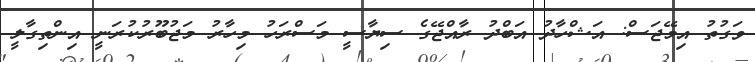
ވަގުތު އިމޭޖަސް: އަޝްހާދު އަބްދު ރާއްޖޭގެ ސިޔާސީ މަސްރަހު މިހާރު މަޖުބޫރުކުރަނީ އިންތިގާލީ